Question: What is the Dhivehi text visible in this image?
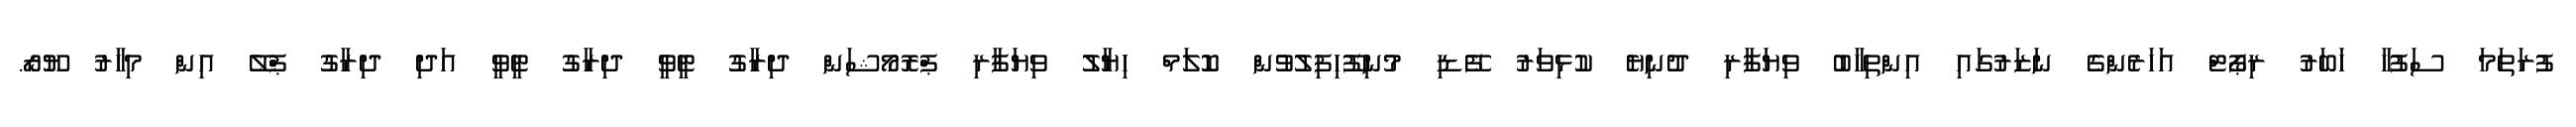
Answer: ފުރަތަމަ ސަފުހާ ހަބަރު ރިޕޯޓް އަހަރެންގެ ނަޒަރުގައި އިންތިހާބު ވިޔަފާރި ދުނިޔެ ކުޅިވަރު ފޭޑި މުނިފޫހިފިލުވުން ކޮލަމް ހިޔާލު ވިޔަފާރި ޕްރޮމޯޝަން ދިރާގު ޓީވީ ދިރާގު ޓީވީ އަދި ދިރާގު ޕްލޭ އިން މިހާރު ޔޫރޯ.